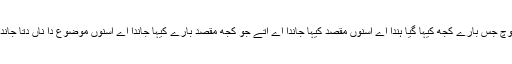
واک وچ جس بارے کجھ کیہا گیا ہندا اے اسنوں مقصد کیہا جاندا اے اتے جو کجھ مقصد بارے کیہا جاندا اے اسنوں موضوع دا ناں دتا جاندا اے ۔